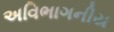
અવિભાગનીય